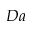
D a